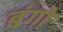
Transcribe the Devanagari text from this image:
बंगों